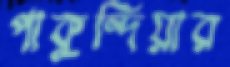
পাকুন্দিয়ার